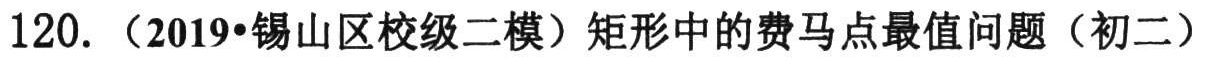
120. （2019•锡山区校级二模）矩形中的费马点最值问题（初二）